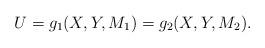
LaTeX: \begin{align*} U = g_1 ( X,Y,M_1 ) = g_2 ( X,Y,M_2 ).\end{align*}